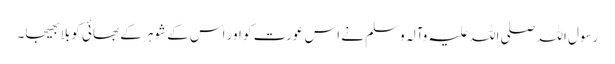
رسول اللہ صلی اللہ علیہ وآلہ وسلم نے اس عورت کو اور اس کے شوہر کے بھائی کو بلا بھیجا۔